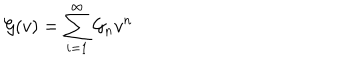
{ \cal G } ( v ) = \sum _ { i = 1 } ^ { \infty } { \cal G } _ { n } v ^ { n }